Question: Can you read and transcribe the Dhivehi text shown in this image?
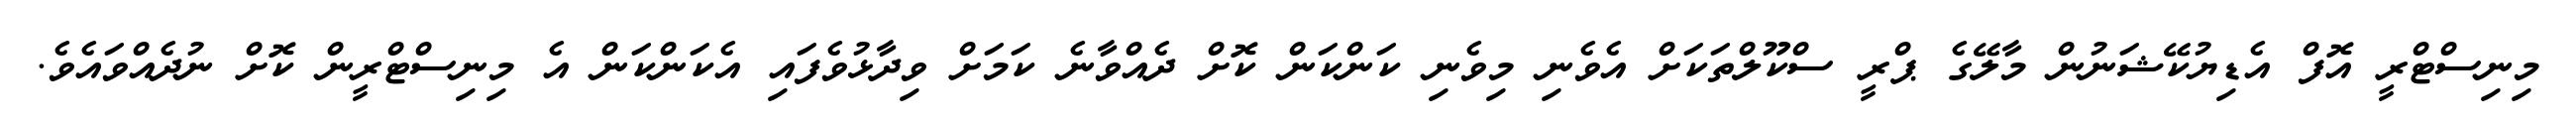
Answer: މިނިސްޓްރީ އޮފް އެޑިޔުކޭޝަނުން މާލޭގެ ޕްރީ ސްކޫލްތަކަށް އެވެނި މިވެނި ކަންކަން ކޮށް ދެއްވާނެ ކަމަށް ވިދާޅުވެފައި އެކަންކަން އެ މިނިސްޓްރީން ކޮށް ނުދެއްވައެވެ.